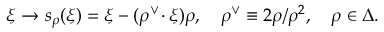
\xi \to s _ { \rho } ( \xi ) = \xi - ( \rho ^ { \vee } \! \cdot \xi ) \rho , \quad \rho ^ { \vee } \equiv 2 \rho / \rho ^ { 2 } , \quad \rho \in \Delta .